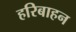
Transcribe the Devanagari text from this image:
हरिबाहन